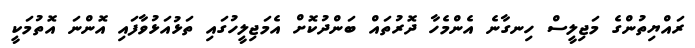
ރައްޔިތުންގެ މަޖިލީސް ހިނގާނެ އެންމެހާ ދޮރުތައް ބަންދުކޮށް އެމަޖިލީހުގައި ތަޅުއަޅުވާފައި އޮންނަ އޮތުމަކީ